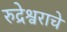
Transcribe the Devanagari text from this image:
रुद्रेश्वराचे